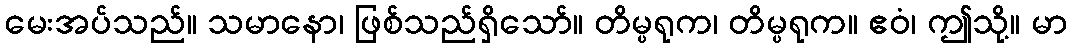
မေးအပ်သည်။ သမာနော၊ ဖြစ်သည်ရှိသော်။ တိမ္ပရုက၊ တိမ္ပရုက။ ဧဝံ၊ ဤသို့။ မာ